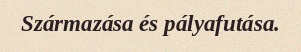
Származása és pályafutása.